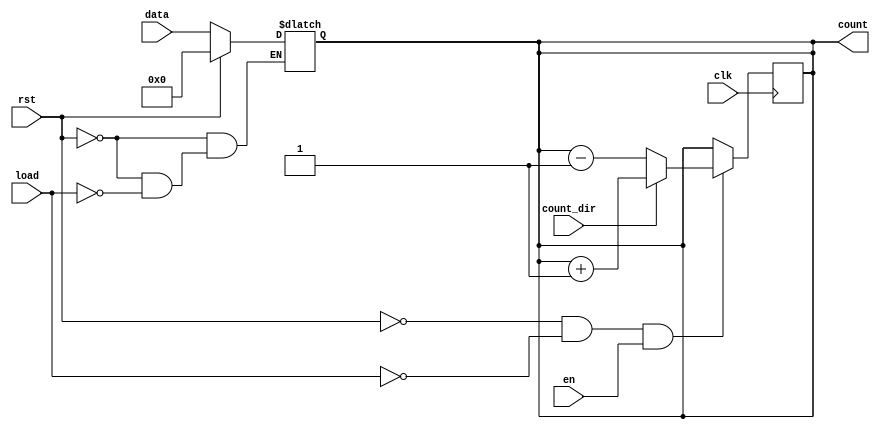
module async_load_counter (
    input wire clk,              // Clock signal
    input wire rst,              // Asynchronous reset
    input wire load,             // Asynchronous load
    input wire [7:0] data,       // Load value (assuming 8-bit counter)
    input wire en,               // Count enable
    input wire count_dir,        // Count direction (1 for up, 0 for down)
    output reg [7:0] count       // Current counter value
);

    // Initial value for the counter (if needed)
    initial begin
        count = 8'b0;            // Initialize counter to 0
    end

    // Asynchronous Reset and Load
    always @* begin
        if (rst) begin
            count = 8'b0;        // Reset the counter to 0
        end else if (load) begin
            count = data;        // Load the value from data
        end
    end

    // Synchronous Counting Operation
    always @(posedge clk) begin
        if (!rst && !load && en) begin
            if (count_dir) begin
                count <= count + 1;  // Increment the counter
            end else begin
                count <= count - 1;  // Decrement the counter
            end
        end
    end

endmodule